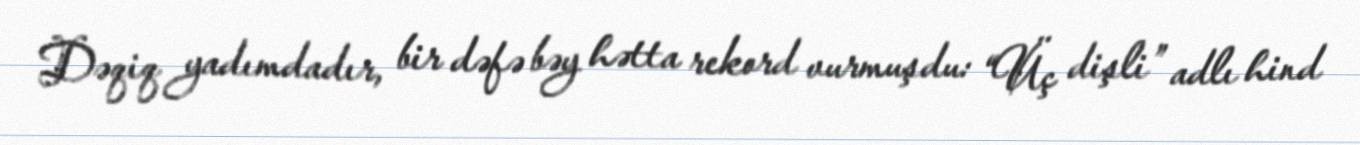
Dəqiq yadımdadır, bir dəfə bəy hətta rekord vurmuşdu: “Üç dişli” adlı hind